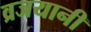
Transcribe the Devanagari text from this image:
व्रजयानी